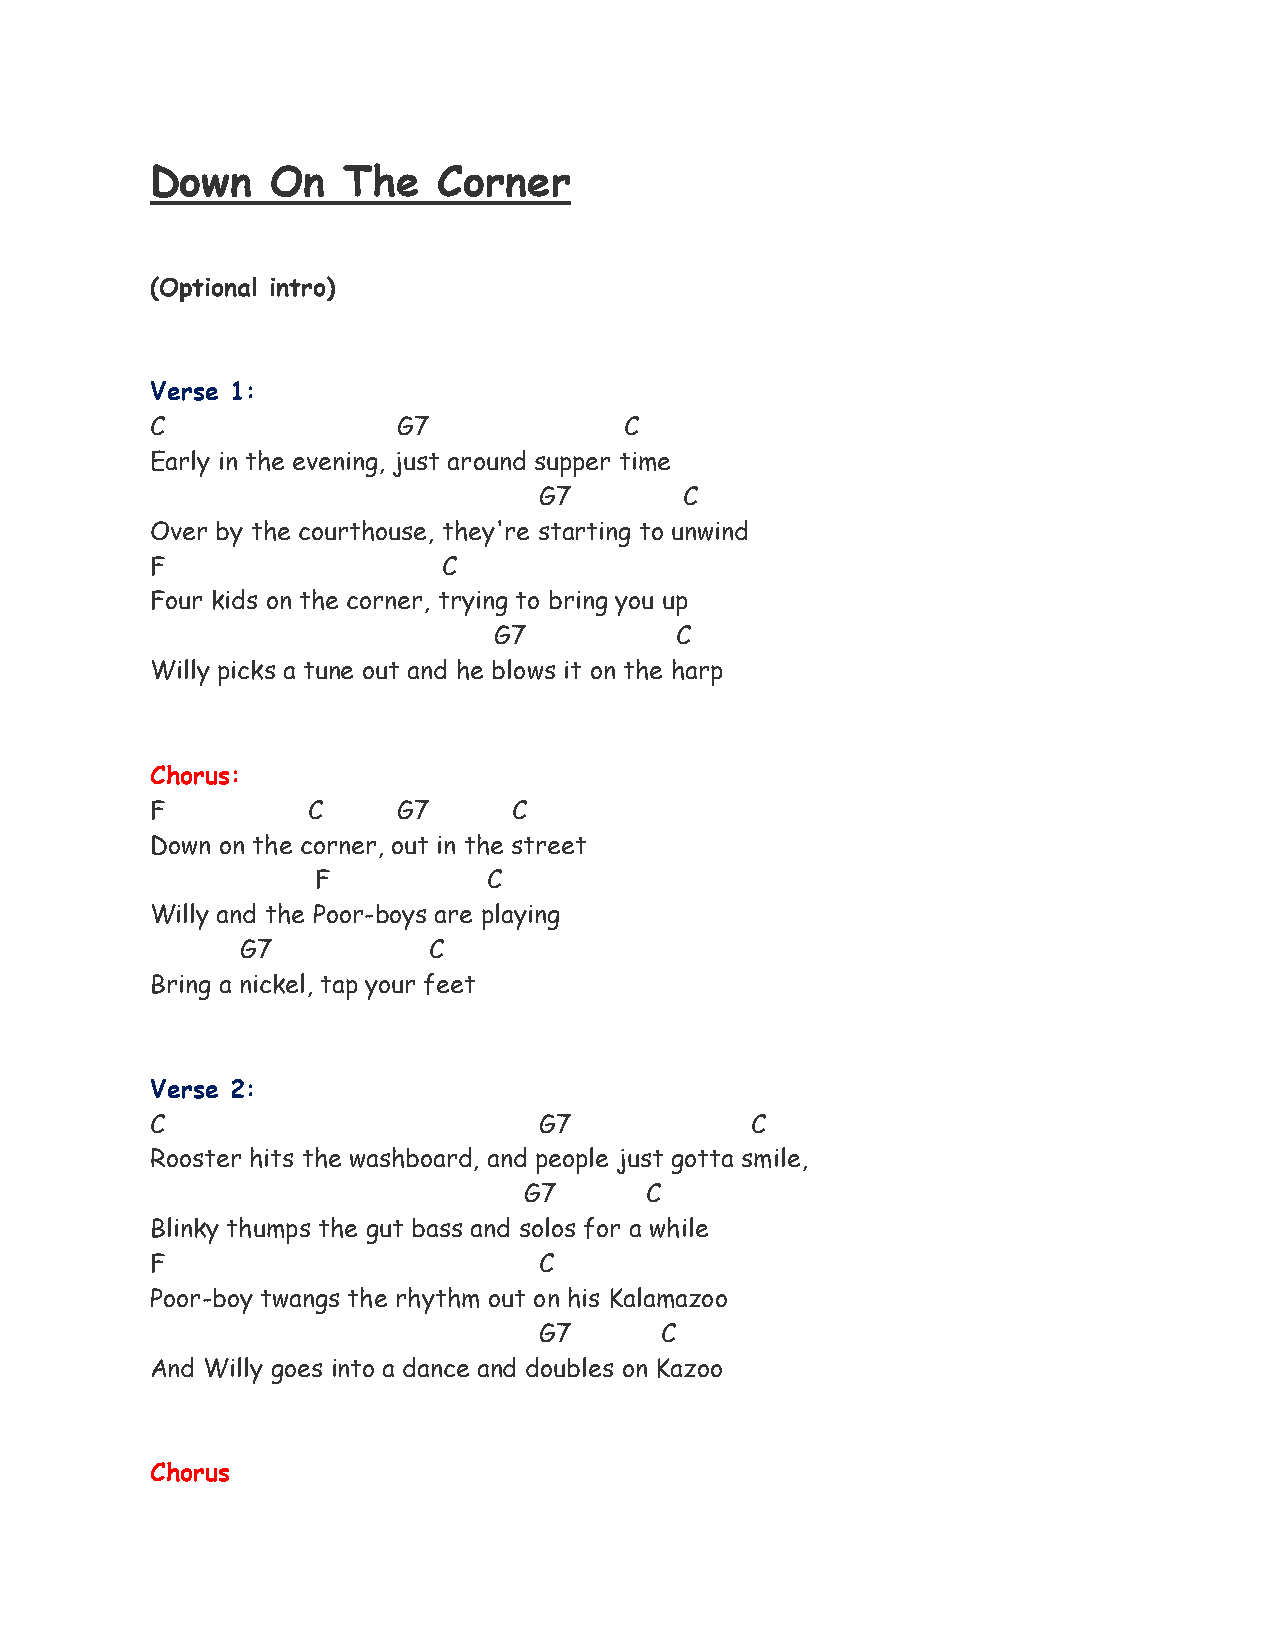
Down    On   The   Corner
 (Optional intro)
 Verse 1:
 C               G7             C
 Early in the evening, just around supper time
 G7       C
 Over by the courthouse, they're starting to unwind
 F                  C
 Four kids on the corner, trying to bring you up
 G7          C
 Willy picks a tune out and he blows it on the harp
 Chorus:
 F         C     G7      C
 Down on the corner, out in the street
 F          C
 Willy and the Poor-boys are playing
 G7          C
 Bring a nickel, tap your feet
 Verse 2:
 C                         G7            C
 Rooster hits the washboard, and people just gotta smile,
 G7      C
 Blinky thumps the gut bass and solos for a while
 F                         C
 Poor-boy twangs the rhythm out on his Kalamazoo
 G7      C
 And Willy goes into a dance and doubles on Kazoo
 Chorus